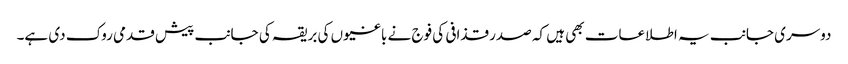
دوسری جانب یہ اطلاعات بھی ہیں کہ صدر قذافی کی فوج نے باغیوں کی بریقہ کی جانب پیش قدمی روک دی ہے۔